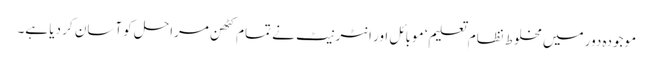
موجودہ دور میں مخلوط نظام تعلیم‘ موبائل اور انٹرنیٹ نے تمام کٹھن مراحل کو آسان کر دیا ہے۔